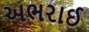
અભરાઈ